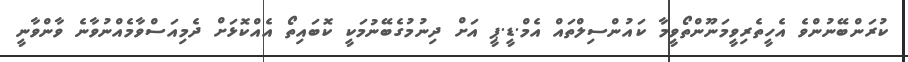
ކުރަންބޭނުންވެ އެހީތެރިވީމަނޫންތޯވީމާ ކައުންސިލްތައް އެމް.ޑީ.ޕީ އަށް ދިނުމުގެބޭނުމަކީ ކޮބައިތޯ އެއްކޮޅަށް ދެމިއަސްވާމެއްނުވާނެ ވާންވާނީ